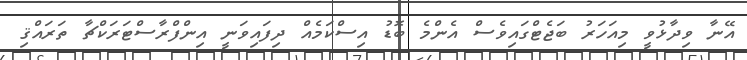
އޭނާ ވިދާޅުވީ މިއަހަރު ބަޖެޓްގައިވެސް އެންމެ ބޮޑު އިސްކަމެއް ދިފައިވަނީ އިންފްރާސްޓަރަކްޗާ ތަރައްޤި